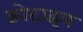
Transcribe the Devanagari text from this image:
क्रोटाइल